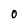
Character: 0